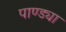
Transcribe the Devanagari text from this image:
पाण्ड्या